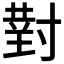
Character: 𫴰